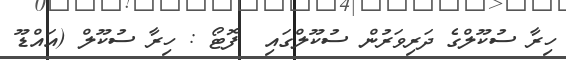
ހިރާ ސުކޫލްގެ ދަރިވަރުން ސުކޫލްގައި  ފޮޓޯ : ހިރާ ސުކޫލް (އައްޑޫ